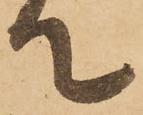
て